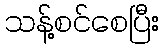
သန့်စင်စေပြီး